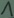
Text: 1